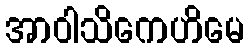
အာဝါသိကေဟိမေ